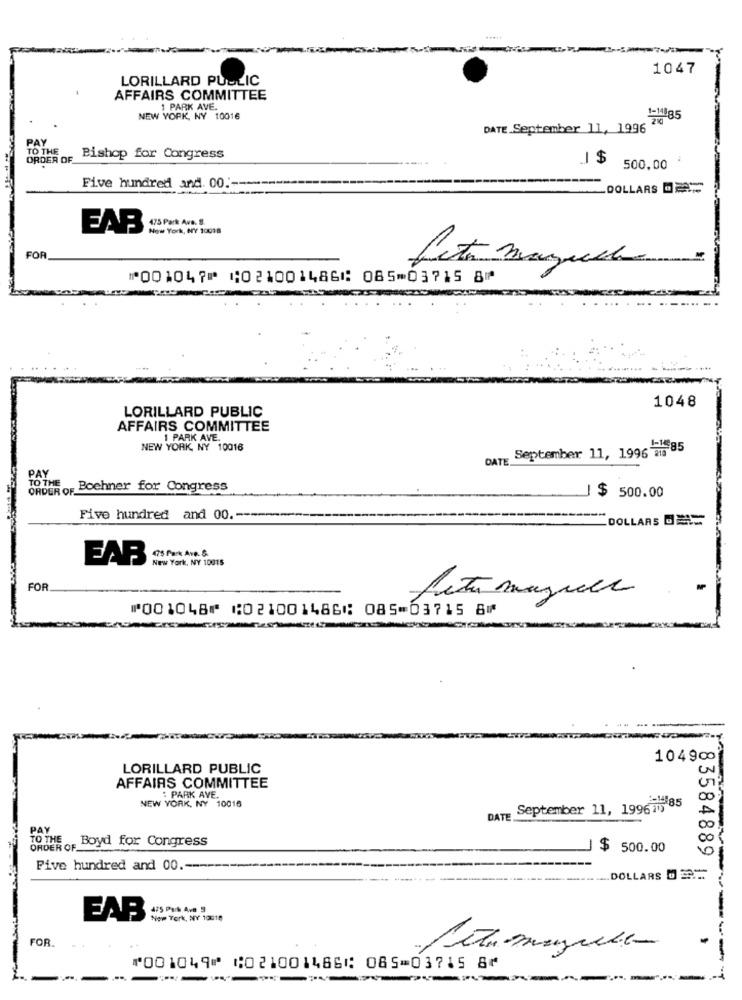
.....
1047
LORILLARD PUBLIC
AFFAIRS COMMITTEE
1 PARK AVE.
NEW YORK, NY 10016
1-14885
DATE.September 11, 1996
PAY
TO THE
ORDER OF
Bishop for Congress
1 $
500.00
Five hundred and. 00 .-
DOLLARS DA
EAR (S PS AN.)
New York, NY 10018
FOR
feta mazuela
⑈001047⑈ ⑆021001486⑆ 085⑉03715 8⑈
1048
LORILLARD PUBLIC
AFFAIRS COMMITTEE
1 PARK AVE.
NEW YORK, NY 10016
DATE September 11, 1996 2. 85
PAY
TO THE
ORDER OF Boehner for Congress
$ 500.00
Five hundred and 00.
DOLLARS D=
New York, NY 10015
FOR
⑈001048⑈ ⑆021001486⑆ 085⑉03715 8⑈
104900
LORILLARD PUBLIC
AFFAIRS COMMITTEE
PARK AVE.
NEW YORK, NY 10016
September 11, 1996715 85
DATE
TO THE
Boyd for Congress
ORDER OF
$ 500.00
Five hundred and 00 .--
DOLLARS DET
83584889 1:
475 Park Ave 5
EAB
New York, NY 10018
FOR.
⑈001049⑈ ⑆021001486⑆ 085⑉03715 8⑈